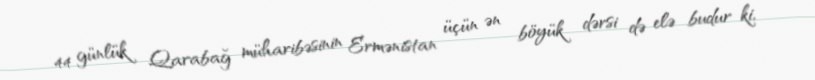
44 günlük Qarabağ müharibəsinin Ermənistan üçün ən böyük dərsi də elə budur ki,